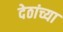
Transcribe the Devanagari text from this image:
देठांच्या